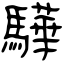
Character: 驊